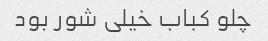
چلو کباب خیلی شور بود